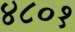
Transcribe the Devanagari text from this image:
४८०१